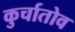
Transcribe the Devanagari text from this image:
कुर्चातोव